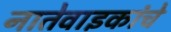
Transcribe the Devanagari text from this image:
नातेवाइकांचे